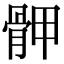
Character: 𩨹